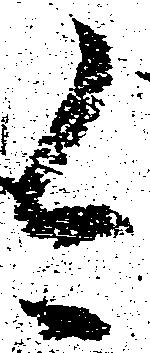
今